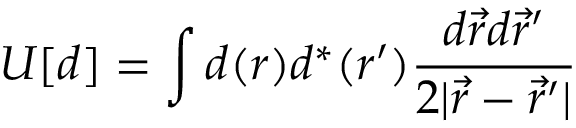
U [ d ] = \int d ( \boldsymbol { r } ) d ^ { * } ( \boldsymbol { r } ^ { \prime } ) \frac { d \vec { r } d \vec { r } ^ { \prime } } { 2 | \vec { r } - \vec { r } ^ { \prime } | }